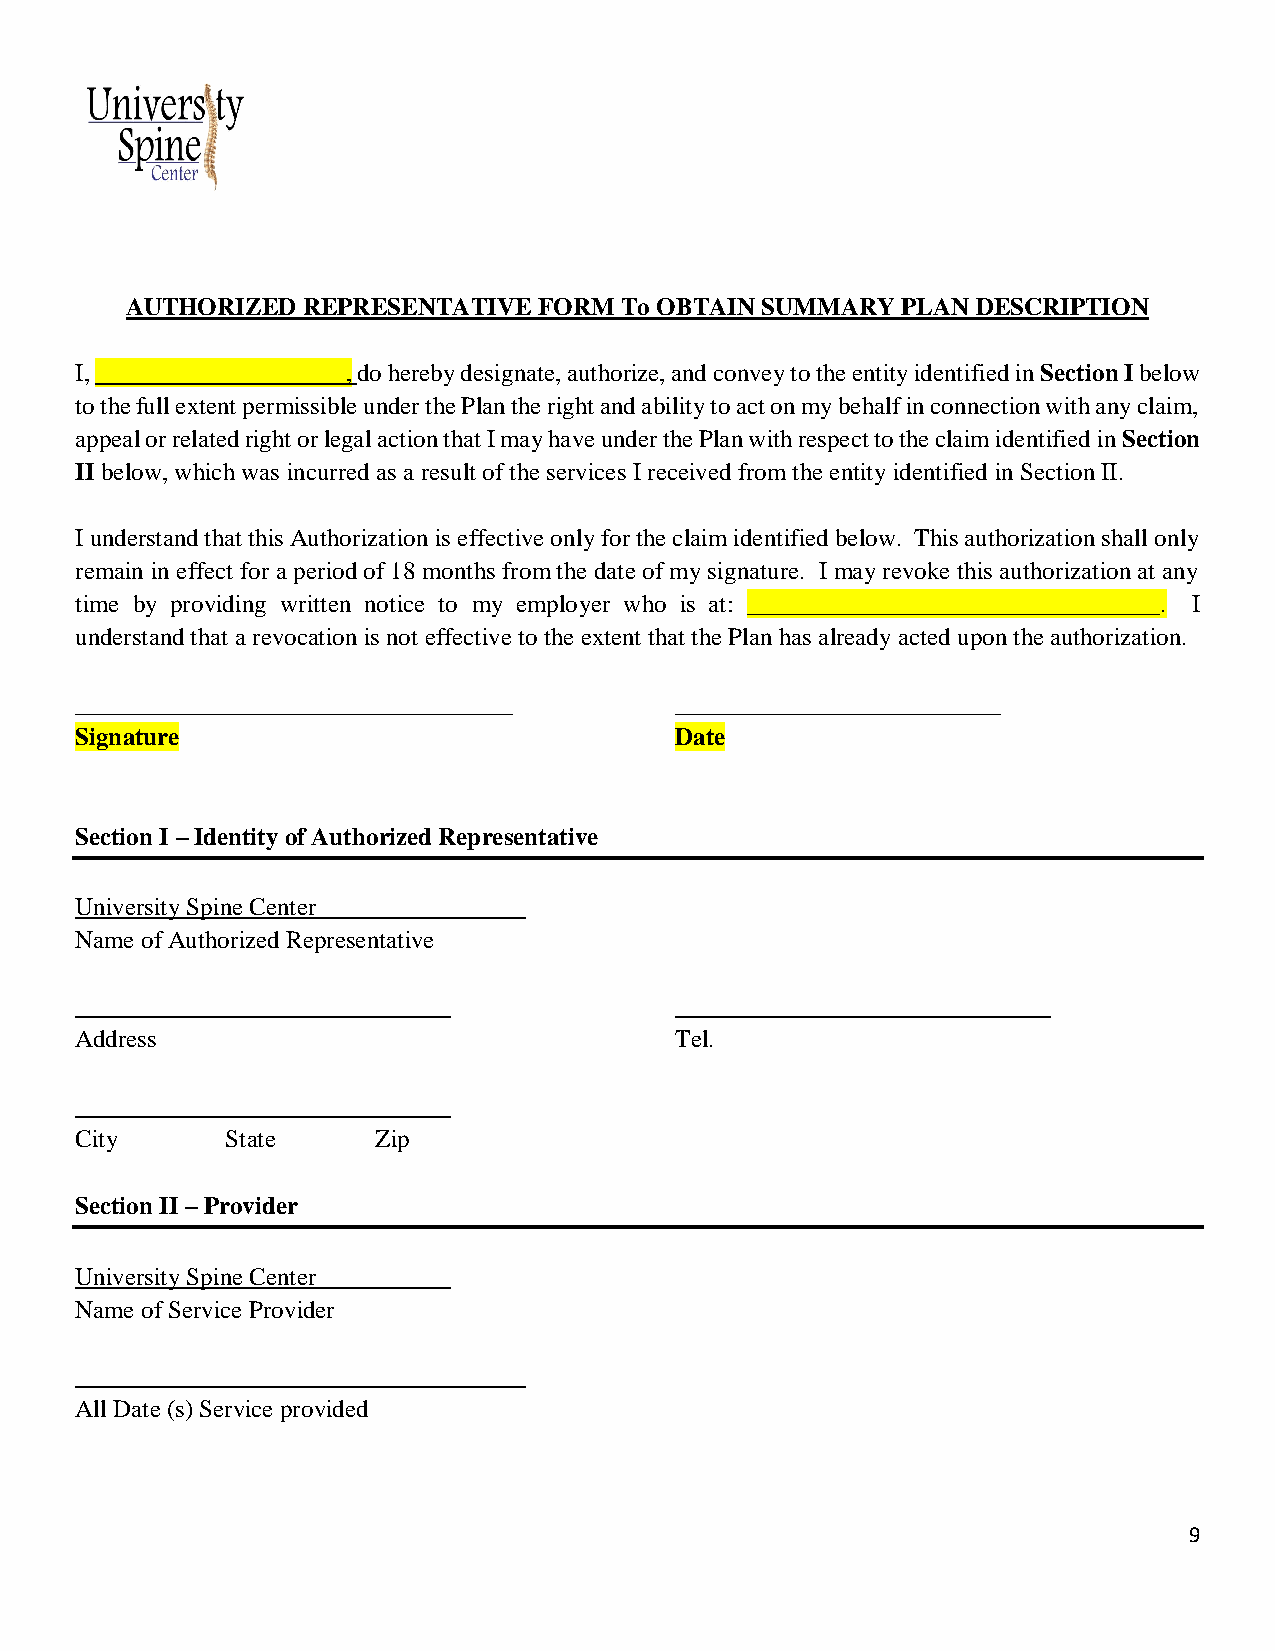
AUTHORIZED  REPRESENTATIVE  FORM To OBTAIN SUMMARY  PLAN DESCRIPTION
 I, ____________________, do hereby designate, authorize, and convey to the entity identified in Section I below
 to the full extent permissible under the Plan the right and ability to act on my behalf in connection with any claim,
 appeal or related right or legal action that I may have under the Plan with respect to the claim identified in Section
 II below, which was incurred as a result of the services I received from the entity identified in Section II.
 I understand that this Authorization is effective only for the claim identified below. This authorization shall only
 remain in effect for a period of 18 months from the date of my signature. I may revoke this authorization at any
 time by providing written notice to my employer who is at: _________________________________. I
 understand that a revocation is not effective to the extent that the Plan has already acted upon the authorization.
 ___________________________________     __________________________
 Signature                               Date
 Section I – Identity of Authorized Representative
 University Spine Center
 Name of Authorized Representative
 Address                                 Tel.
 City      State     Zip
 Section II – Provider
 University Spine Center
 Name of Service Provider
 All Date (s) Service provided
 9